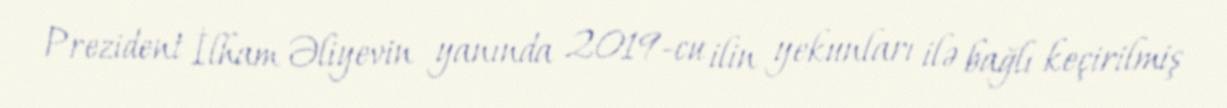
Prezident İlham Əliyevin yanında 2019-cu ilin yekunları ilə bağlı keçirilmiş